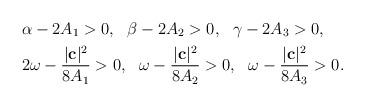
LaTeX: \begin{align*} &\alpha -2A_1>0,\ \ \beta -2A_2>0,\ \ \gamma -2A_3>0,\\ &2\omega -\frac{|\mathbf{c}|^2}{8A_1}>0,\ \ \omega -\frac{|\mathbf{c}|^2}{8A_2}>0,\ \ \omega -\frac{|\mathbf{c}|^2}{8A_3}>0.\end{align*}